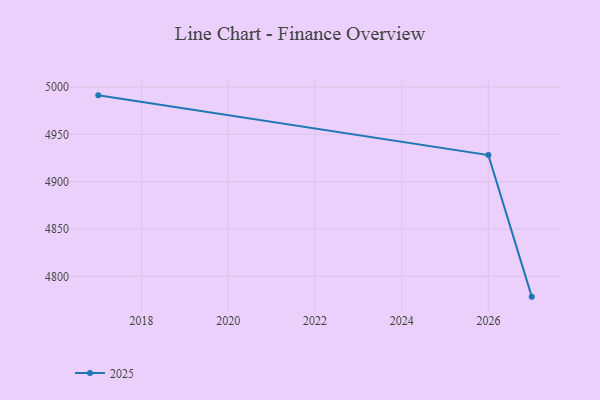
{"axis": {"x": "Year", "y": "Shipments"}, "legend": ["2025"], "data": [{"x": "2027", "y": 4778.6, "type": "2025"}, {"x": "2026", "y": 4928.1, "type": "2025"}, {"x": "2017", "y": 4991.2, "type": "2025"}]}